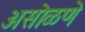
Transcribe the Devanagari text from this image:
असोळणे